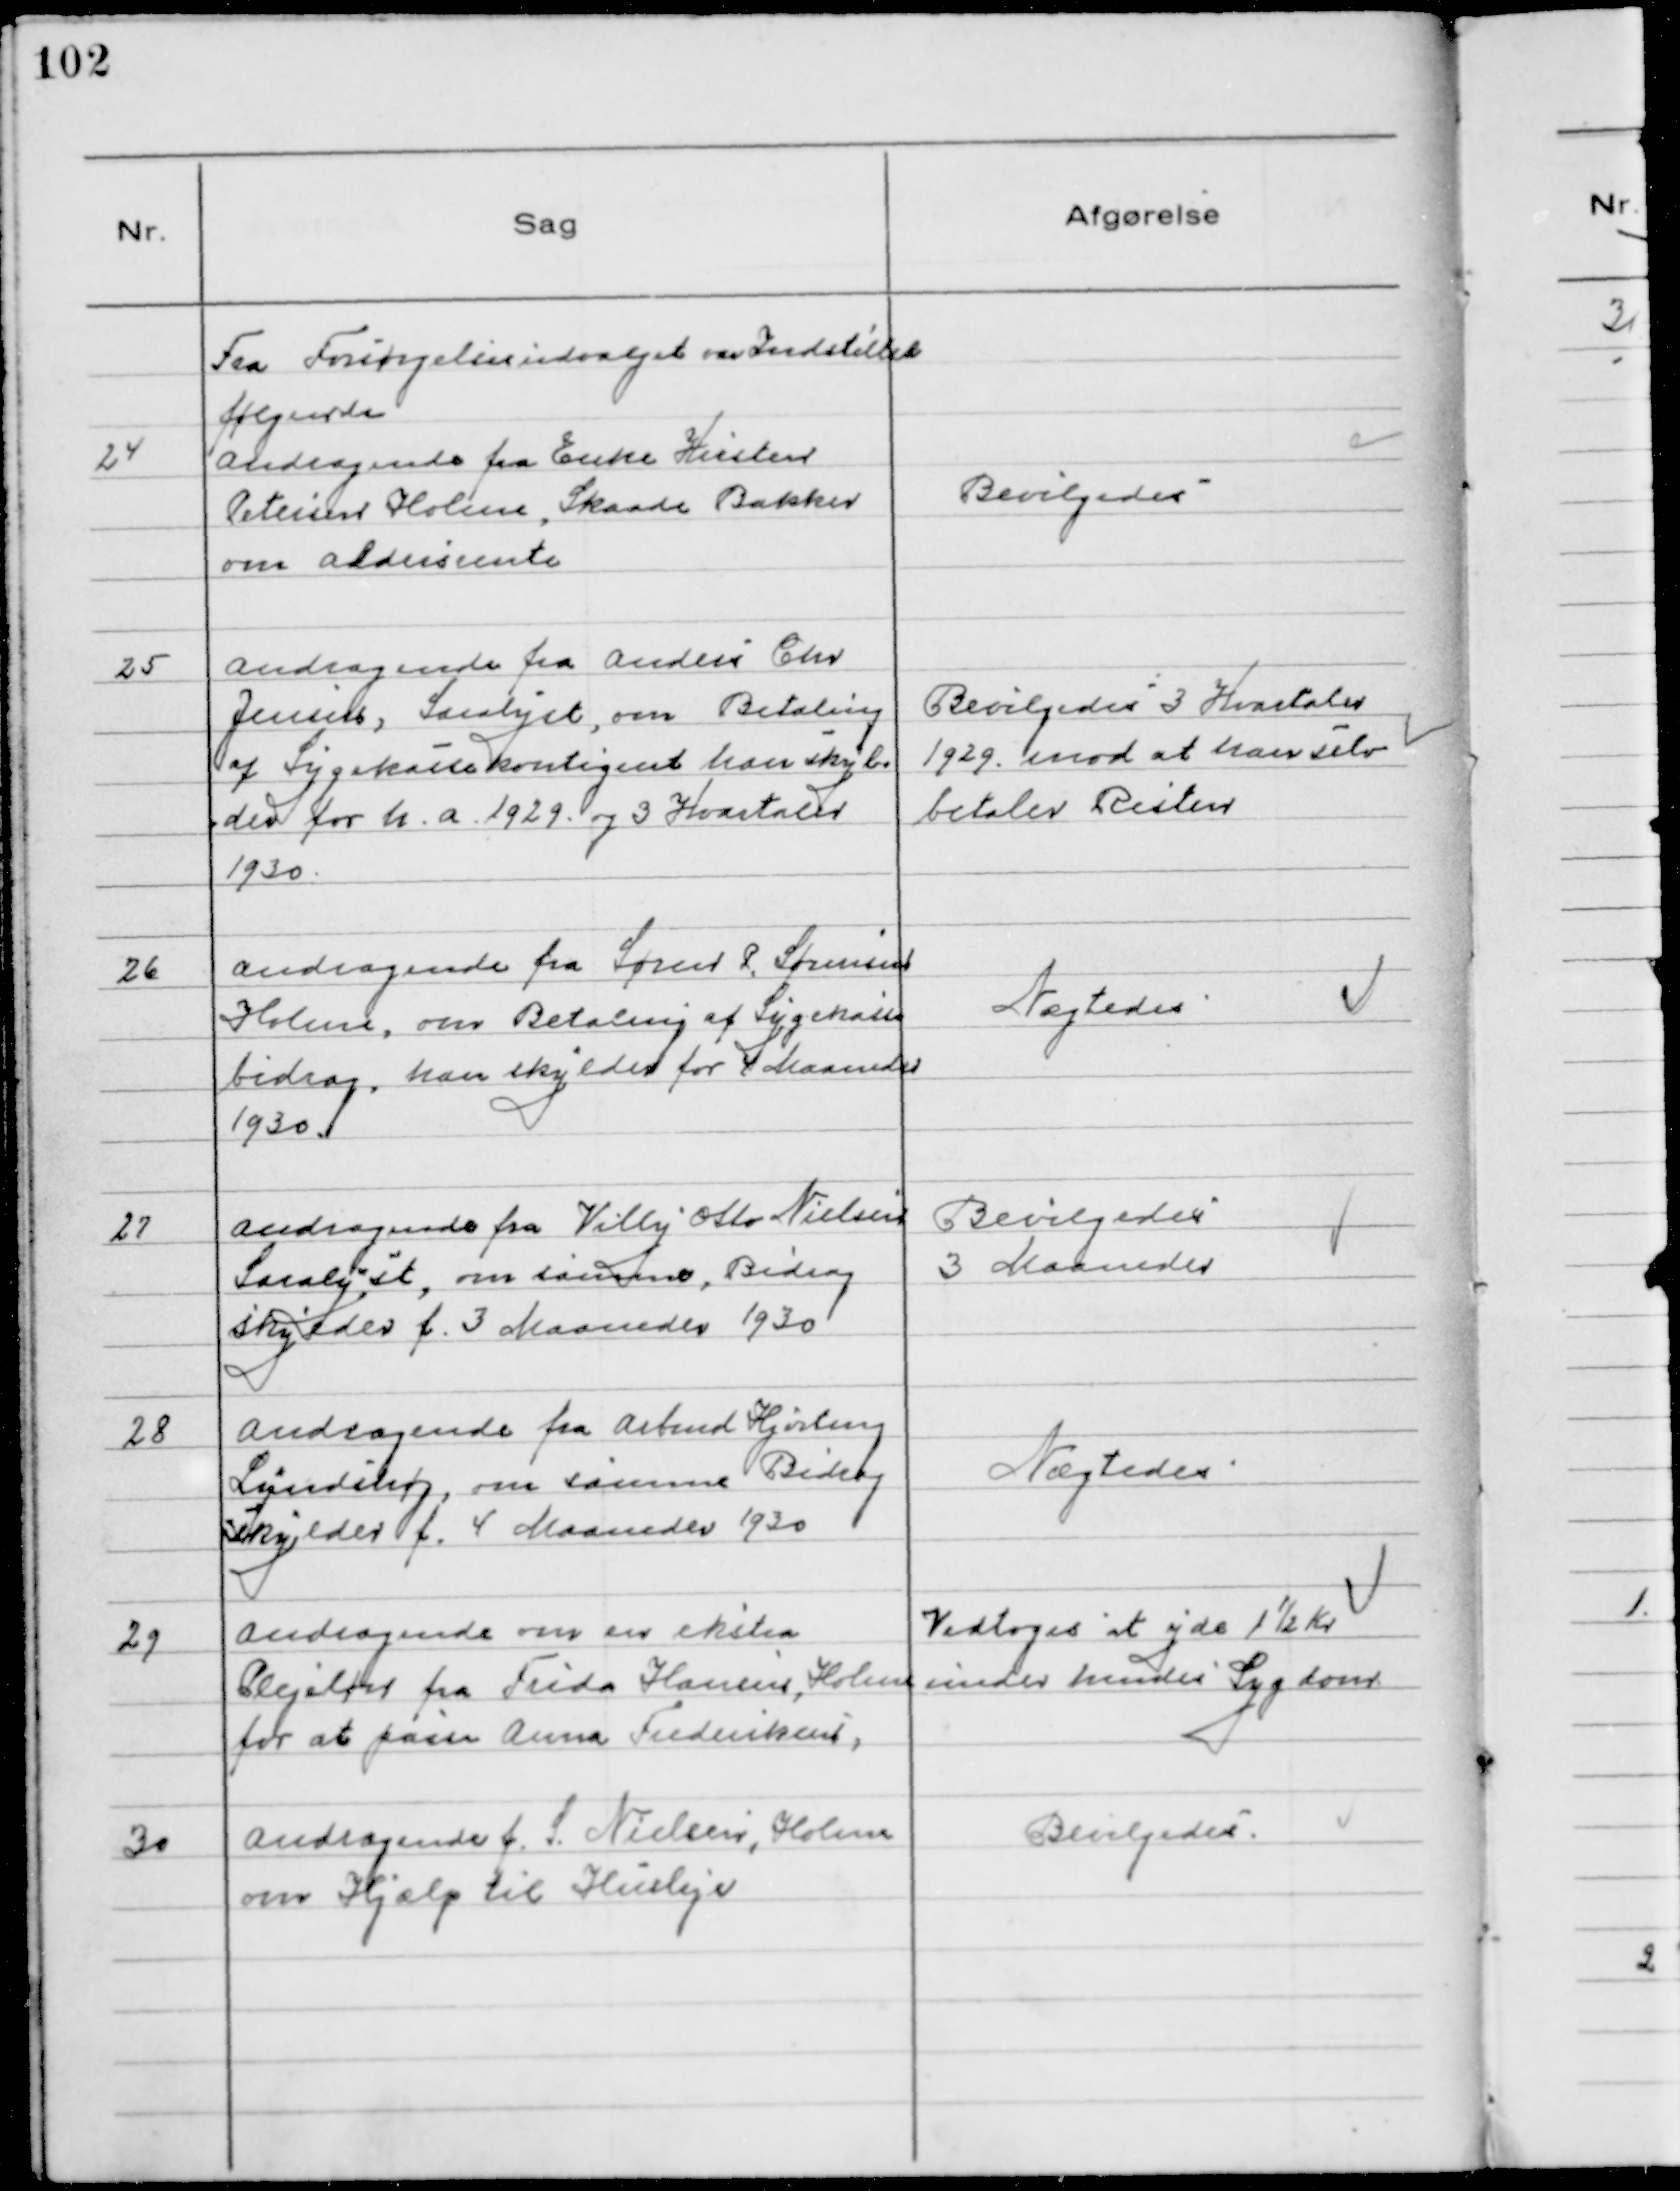
Transskription:
Fra Forsørgelsesudvalget var Indstillet
følgende
24
Andragende fra Enke Kirsten
Petersen Holme, Skaade Bakker
om Aldersrente.

Bevilgedes

25
Andragende fra Anders Chr
Jensen, Saralyst, om Betaling
af Sygekassekontigent han skyl
der for h. a. 1929 og 3 Kvartaler
1930.

Bevilgedes 3 Kvartaler
1929. mod at han selv
betaler Resten

26
Andragende fra Søren P. Sørensen
Holme, om Betaling af Sygekasse
bidrag, han skylder for 4 Maaneder
1930.

Nægtedes

27
Andragende fra Villy Otto Nielsen
Saralyst, om samme, Bidrag
skylder f. 3 Maaneder 1930

Bevilgedes
3 Maaneder

28
Andragende fra Arbmd Hjerting
Lundshøj, om samme Bidrag
skylder f. 4 Maaneder 1930

Nægtedes

29
Andragende om en ekstra
Plejeløn fra Frida Hansen, Holme
for at passe Anna Frederiksen,

Vedtoges at yde 1½ Kr
under hendes Sygdom

30
Andragende f. S. Nielsen, Holme
om Hjælp til Husleje

Bevilgedes